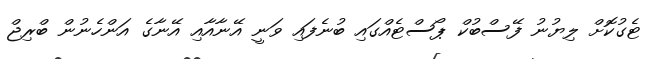
ޓެގުކޮށް ލިޔުނު ފޭސްބުކް ޕޯސްޓެއްގައި ބުނެފައި ވަނީ އޭނާއާއި އޭނާގެ އަންހެނުން ބްރިޖް